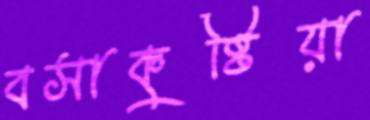
বসাকুষ্টিয়া